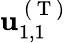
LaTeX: \mathbf{u}_{1,1}^{\mathrm{~(~T~)~}}